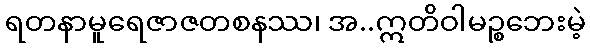
ရတနာမူရေဇာဇတစနဿ၊ အ..ဣတိဝါမဉ္စဘေးမဲ့